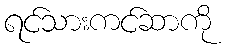
ရင်သားကင်ဆာကို